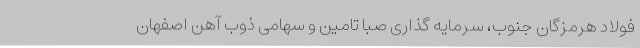
فولاد هرمزگان جنوب، سرمایه گذاری صبا تامین و سهامی ذوب آهن اصفهان